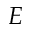
E